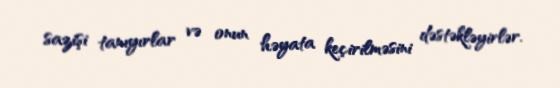
sazişi tanıyırlar və onun həyata keçirilməsini dəstəkləyirlər.